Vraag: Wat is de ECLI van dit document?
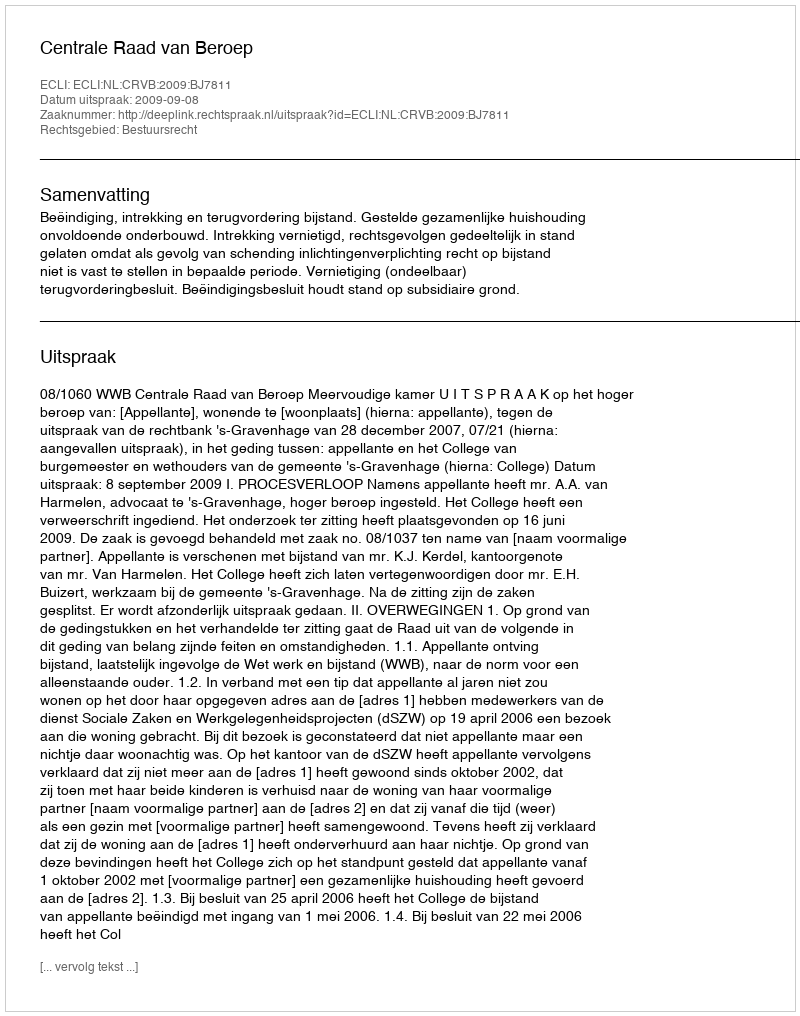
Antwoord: ECLI:NL:CRVB:2009:BJ7811